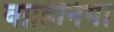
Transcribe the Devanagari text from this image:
वाहिनियां